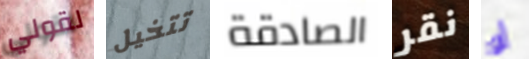
لقولي تتخيل الصادقة نقر أو